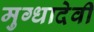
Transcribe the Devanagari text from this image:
मुग्धादेवी